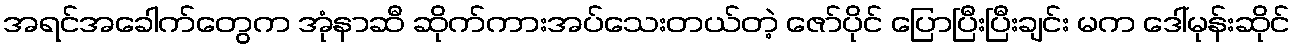
အရင်အခေါက်တွေက အုံနာဆီ ဆိုက်ကားအပ်သေးတယ်တဲ့ ဇော်ပိုင် ပြောပြီးပြီးချင်း မက ဒေါ်မုန်းဆိုင်